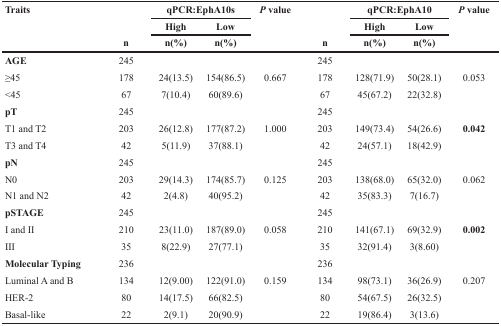
<table><thead><tr><td rowspan="3"><b>Traits</b></td><td></td><td colspan="2"><b>qPCR:EphA10s</b></td><td rowspan="3"><b><i>P</i> value</b></td><td></td><td colspan="2"><b>qPCR:EphA10</b></td><td rowspan="3"><b><i>P</i> value</b></td></tr><tr><td></td><td><b>High</b></td><td><b>Low</b></td><td></td><td><b>High</b></td><td><b>Low</b></td></tr><tr><td><b>n</b></td><td><b>n(%)</b></td><td><b>n(%)</b></td><td><b>n</b></td><td><b>n(%)</b></td><td><b>n(%)</b></td></tr></thead><tbody><tr><td><b>AGE</b></td><td>245</td><td></td><td></td><td></td><td>245</td><td></td><td></td><td></td></tr><tr><td>≥45</td><td>178</td><td>24(13.5)</td><td>154(86.5)</td><td>0.667</td><td>178</td><td>128(71.9)</td><td>50(28.1)</td><td>0.053</td></tr><tr><td>&lt;45</td><td>67</td><td>7(10.4)</td><td>60(89.6)</td><td></td><td>67</td><td>45(67.2)</td><td>22(32.8)</td><td></td></tr><tr><td><b>pT</b></td><td>245</td><td></td><td></td><td></td><td>245</td><td></td><td></td><td></td></tr><tr><td>T1 and T2</td><td>203</td><td>26(12.8)</td><td>177(87.2)</td><td>1.000</td><td>203</td><td>149(73.4)</td><td>54(26.6)</td><td><b>0.042</b></td></tr><tr><td>T3 and T4</td><td>42</td><td>5(11.9)</td><td>37(88.1)</td><td></td><td>42</td><td>24(57.1)</td><td>18(42.9)</td><td></td></tr><tr><td><b>pN</b></td><td>245</td><td></td><td></td><td></td><td>245</td><td></td><td></td><td></td></tr><tr><td>N0</td><td>203</td><td>29(14.3)</td><td>174(85.7)</td><td>0.125</td><td>203</td><td>138(68.0)</td><td>65(32.0)</td><td>0.062</td></tr><tr><td>N1 and N2</td><td>42</td><td>2(4.8)</td><td>40(95.2)</td><td></td><td>42</td><td>35(83.3)</td><td>7(16.7)</td><td></td></tr><tr><td><b>pSTAGE</b></td><td>245</td><td></td><td></td><td></td><td>245</td><td></td><td></td><td></td></tr><tr><td>I and II</td><td>210</td><td>23(11.0)</td><td>187(89.0)</td><td>0.058</td><td>210</td><td>141(67.1)</td><td>69(32.9)</td><td><b>0.002</b></td></tr><tr><td>III</td><td>35</td><td>8(22.9)</td><td>27(77.1)</td><td></td><td>35</td><td>32(91.4)</td><td>3(8.60)</td><td></td></tr><tr><td><b>Molecular Typing</b></td><td>236</td><td></td><td></td><td></td><td>236</td><td></td><td></td><td></td></tr><tr><td>Luminal A and B</td><td>134</td><td>12(9.00)</td><td>122(91.0)</td><td>0.159</td><td>134</td><td>98(73.1)</td><td>36(26.9)</td><td>0.207</td></tr><tr><td>HER-2</td><td>80</td><td>14(17.5)</td><td>66(82.5)</td><td></td><td>80</td><td>54(67.5)</td><td>26(32.5)</td><td></td></tr><tr><td>Basal-like</td><td>22</td><td>2(9.1)</td><td>20(90.9)</td><td></td><td>22</td><td>19(86.4)</td><td>3(13.6)</td><td></td></tr></tbody></table>